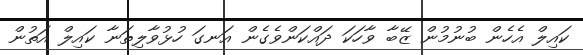
ކައިލް އެހެން ބުނުމުން ޒޭބާ ވާހަކަ ދައްކަންވެގެން އަނގަ ހުޅުވާލިތަނާ ކައިލް އަތުން